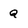
Character: Q